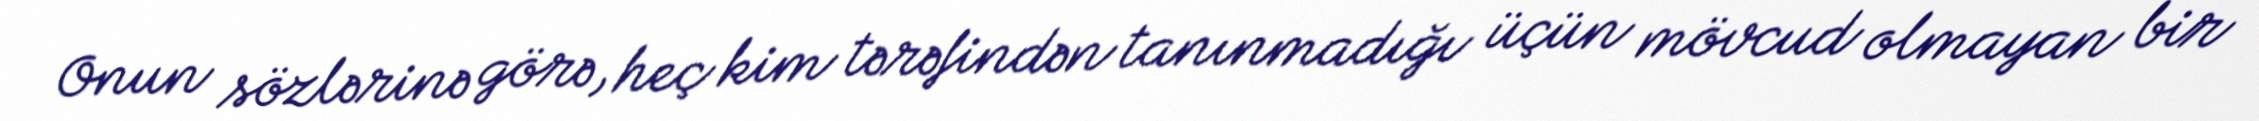
Onun sözlərinə görə, heç kim tərəfindən tanınmadığı üçün mövcud olmayan bir